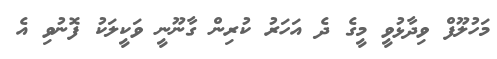
މަހުލޫފް ވިދާޅުވީ މީގެ ދެ އަހަރު ކުރިން ގާނޫނީ ވަކީލަކު ފޮނުވި އެ